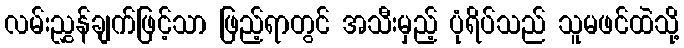
လမ်းညွှန်ချက်ဖြင့်သာ ဖြည့်ရာတွင် အသီးမှည့် ပုံရိပ်သည် သူမဖင်ထဲသို့